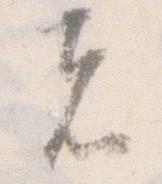
者